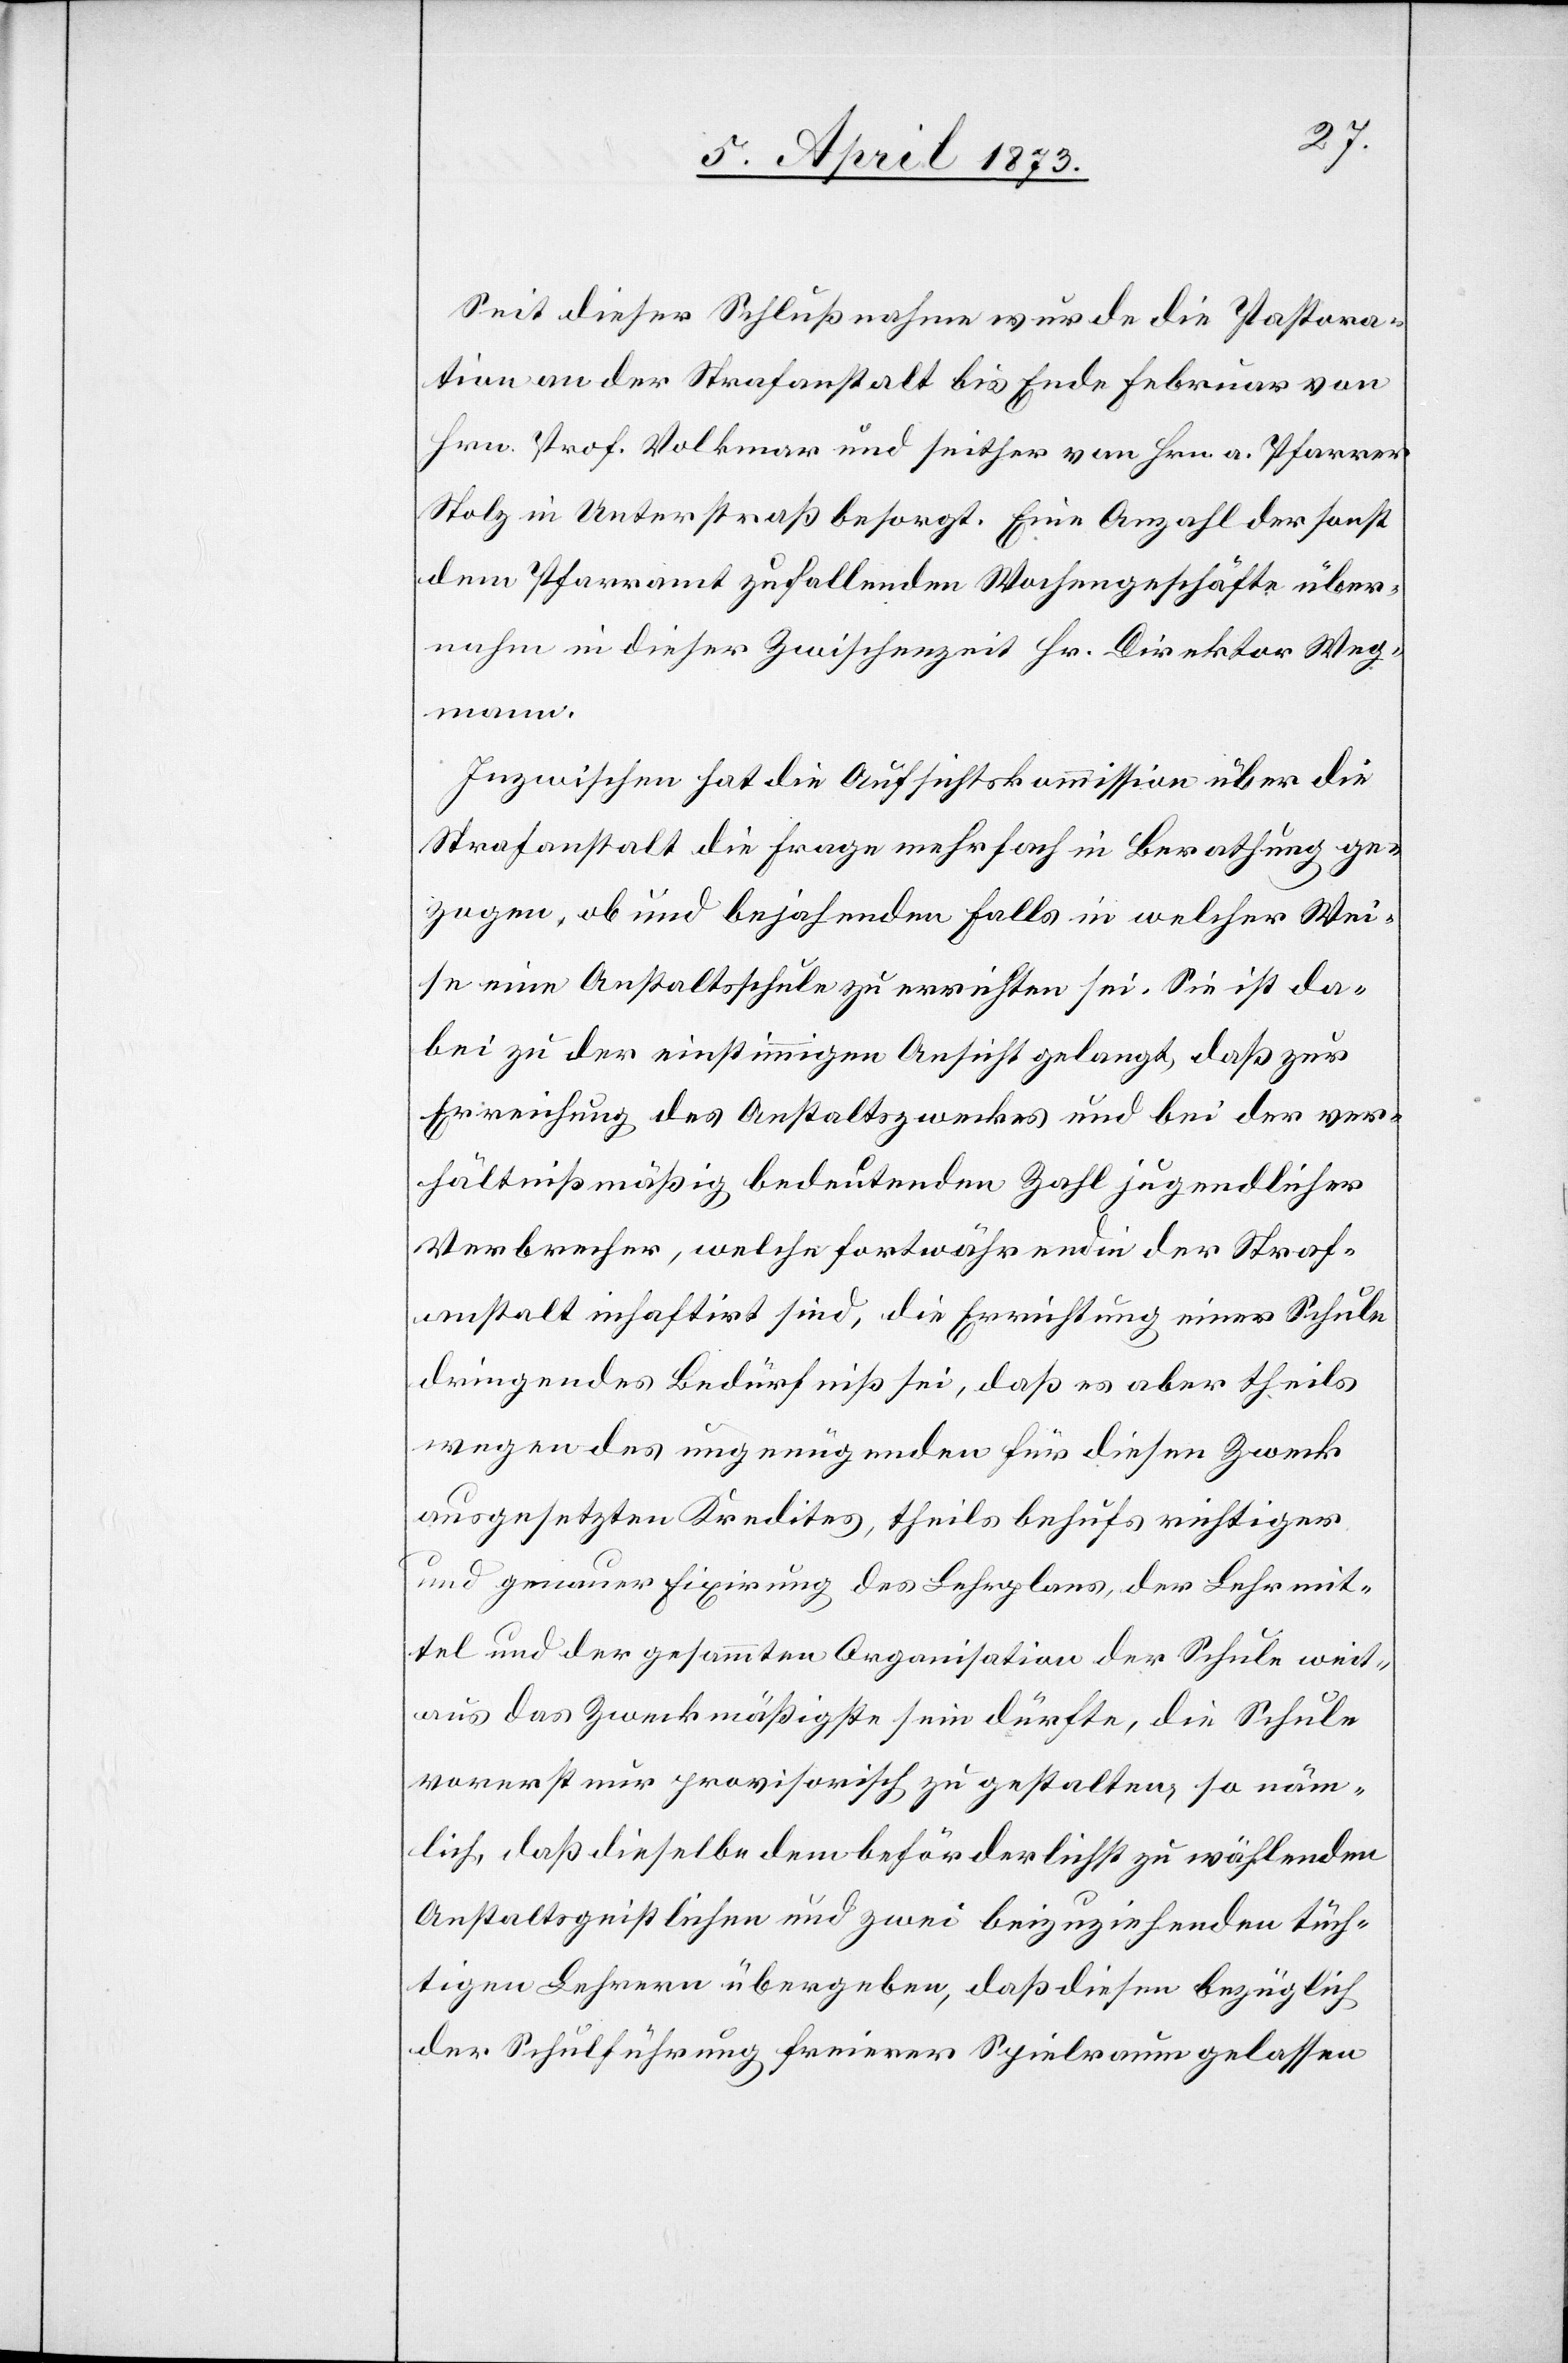
Seit dieser Schlußnahme wurde die Pastora¬
tion an der Strafanstalt bis Ende Februar von
Hrn. Prof. Volkmar und seither von Hrn. a. Pfarrer
Holz in Unterstraß besorgt. Eine Anzahl der sonst
dem Pfarramt zufallenden Wochengeschäfte über¬
nahm in dieser Zwischenzeit Hr. Direktor Weg¬
mann.
Inzwischen hat die Aufsichtskommission über die
Strafanstalt die Frage mehrfach in Berathung ge¬
zogen, ob und bejahenden Falls in welcher Wei¬
se eine Anstaltsschule zu errichten sei. Sie ist da¬
bei zu der einstimmigen Ansicht gelangt, daß zur
Erreichung des Anstaltszweckes und bei der ver¬
hältnißmäßig bedeutenden Zahl jugendlicher
Verbrecher, welche fortwährend in der Straf¬
anstalt inhaftirt sind, die Errichtung einer Schule
dringendes Bedürfniß sei, daß es aber theils
wegen des ungenügenden für diesen Zweck
ausgesetzten Kredites, theils behufs richtiger
und genauer Fixirung des Lehrplans, der Lehrmit¬
tel und der gesammten Organisation der Schule weit¬
aus das Zweckmäßigste sein dürfte, die Schule
vorerst nur provisorisch zu gestalten, so näm¬
lich, daß dieselbe dem beförderlichst zu wählenden
Anstaltsgeistlichen und zwei beizuziehenden tüch¬
tigen Lehrern übergeben, daß diesen bezüglich
der Schulführung freier Spielraum gelassen